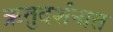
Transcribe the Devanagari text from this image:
ऋतुदर्शनात